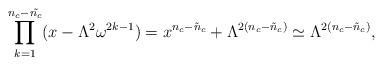
LaTeX: \begin{align*}\prod_{k=1}^{n_c-\tilde{n_c}} (x- \Lambda^2 \omega^{2k-1}) = x^{n_{c}-\tilde{n}_{c}} + \Lambda^{2(n_{c}-\tilde{n}_{c})} \simeq \Lambda^{2(n_{c}-\tilde{n}_{c})},\end{align*}